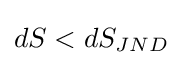
dS<dS_{JND}